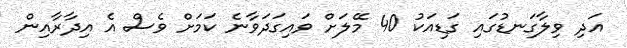
އަދި ވިލާގަނޑުގައި ގަޑިއަކު 40 މޭލަށް ވައިގަދަވާނެ ކަމަށް ވެސް އެ އިދާރާއިން